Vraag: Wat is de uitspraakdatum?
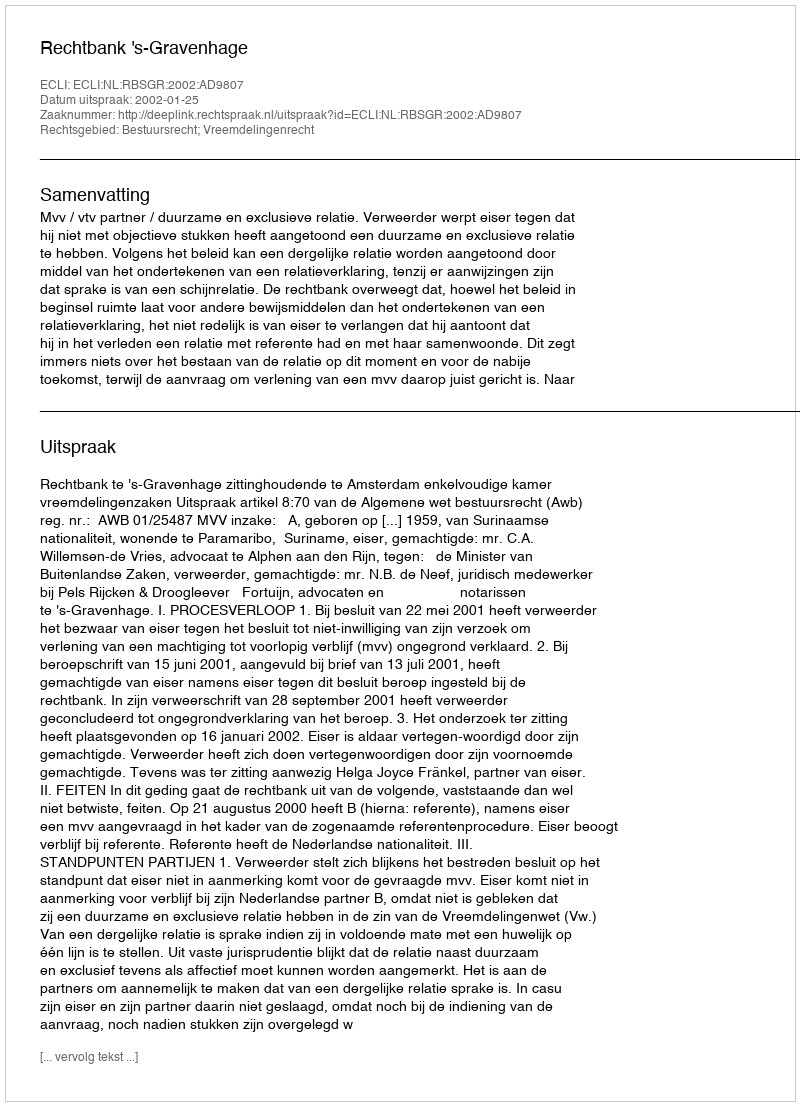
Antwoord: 2002-01-25